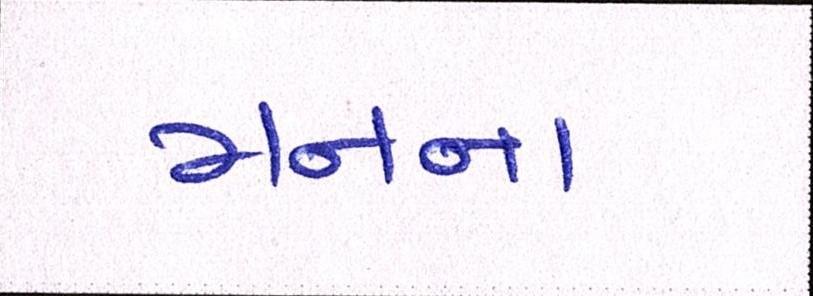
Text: મનના